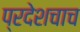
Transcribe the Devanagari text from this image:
प्रदेशचाच